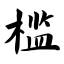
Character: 槛